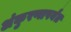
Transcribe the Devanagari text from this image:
अंकुरणापर्यंत